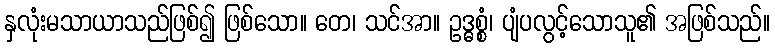
နှလုံးမသာယာသည်ဖြစ်၍ ဖြစ်သော။ တေ၊ သင်အာ။ ဥဒ္ဓစ္စံ၊ ပျံပလွင့်သောသူ၏ အဖြစ်သည်။